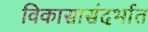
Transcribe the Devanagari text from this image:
विकासासंदर्भात